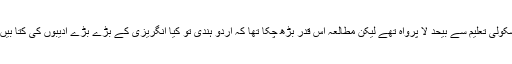
والد سرکاری دفتر میں ملازم تھے، اسکولی تعلیم سے بیحد لا پرواہ تھے لیکن مطالعہ اس قدر بڑھ چکا تھا کہ اردو ہندی تو کیا انگریزی کے بڑے بڑے ادیبوں کی کتا بیں ان کی دلچسپی کا سامان بن گئی تھیں۔